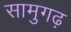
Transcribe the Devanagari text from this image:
सामुगढ़